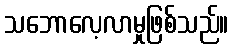
သဘောလေ့လာမှုဖြစ်သည်။